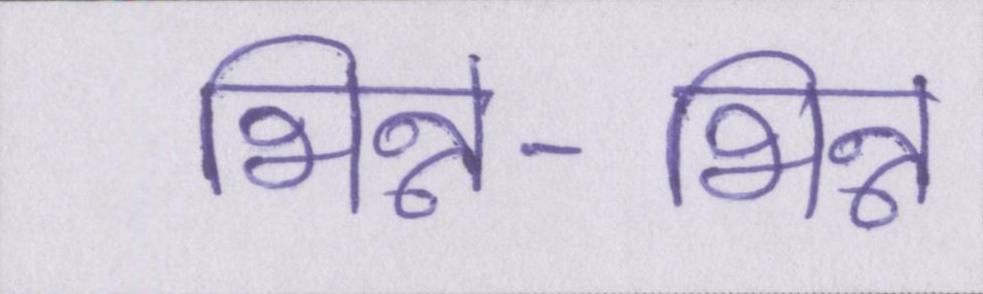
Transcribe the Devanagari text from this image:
भिन्न-भिन्न